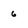
Character: 6